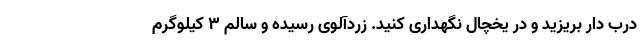
درب دار بریزید و در یخچال نگهداری کنید. زردآلوی رسیده و سالم ۳ کیلوگرم